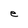
Character: e